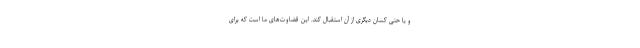
و یا حتی کسان دیگری از آن استقبال کند. این قضاوت‌های ما است که برای